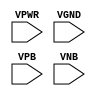
module sky130_fd_sc_ls__tapvgnd2 (
    VPWR,
    VGND,
    VPB ,
    VNB
);

    // Module ports
    input VPWR;
    input VGND;
    input VPB ;
    input VNB ;
     // No contents.
endmodule